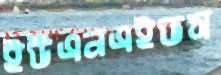
ইউএনএইডস